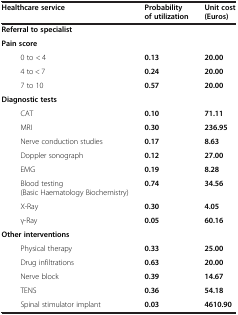
<table><thead><tr><td colspan="2"><b>Healthcare service</b></td><td><b>Probability of utilization</b></td><td><b>Unit cost (Euros)</b></td></tr></thead><tbody><tr><td colspan="4"><b>Referral to specialist</b></td></tr><tr><td colspan="4"><b>Pain score</b></td></tr><tr><td rowspan="3"> </td><td>0 to &lt; 4</td><td><b>0.13</b></td><td><b>20.00</b></td></tr><tr><td>4 to &lt; 7</td><td><b>0.24</b></td><td><b>20.00</b></td></tr><tr><td>7 to 10</td><td><b>0.57</b></td><td><b>20.00</b></td></tr><tr><td colspan="4"><b>Diagnostic tests</b></td></tr><tr><td rowspan="8"> </td><td>CAT</td><td><b>0.10</b></td><td><b>71.11</b></td></tr><tr><td>MRI</td><td><b>0.30</b></td><td><b>236.95</b></td></tr><tr><td>Nerve conduction studies</td><td><b>0.17</b></td><td><b>8.63</b></td></tr><tr><td>Doppler sonograph</td><td><b>0.12</b></td><td><b>27.00</b></td></tr><tr><td>EMG</td><td><b>0.19</b></td><td><b>8.28</b></td></tr><tr><td>Blood testing (Basic Haematology Biochemistry)</td><td><b>0.74</b></td><td><b>34.56</b></td></tr><tr><td>X-Ray</td><td><b>0.30</b></td><td><b>4.05</b></td></tr><tr><td>γ-Ray</td><td><b>0.05</b></td><td><b>60.16</b></td></tr><tr><td colspan="4"><b>Other interventions</b></td></tr><tr><td rowspan="4"> </td><td>Physical therapy</td><td><b>0.33</b></td><td><b>25.00</b></td></tr><tr><td>Drug infiltrations</td><td><b>0.63</b></td><td><b>20.00</b></td></tr><tr><td>Nerve block</td><td><b>0.39</b></td><td><b>14.67</b></td></tr><tr><td>TENS</td><td><b>0.36</b></td><td><b>54.18</b></td></tr><tr><td> </td><td>Spinal stimulator implant</td><td><b>0.03</b></td><td><b>4610.90</b></td></tr></tbody></table>